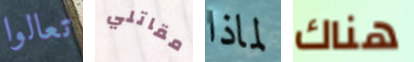
تعالوا مقاتلي لماذا هناك